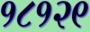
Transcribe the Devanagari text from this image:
१८१२९